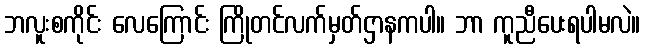
ဘလူးစကိုင်း လေကြောင်း ကြိုတင်လက်မှတ်ဌာနကပါ။ ဘာ ကူညီပေးရပါမလဲ။